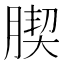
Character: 𦝜